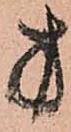
方